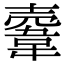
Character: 𩎲